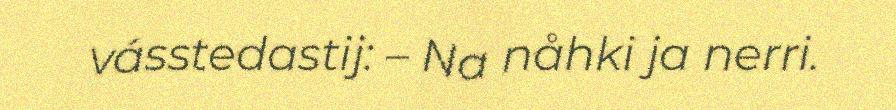
vásstedastij: – Na nåhki ja nerri.